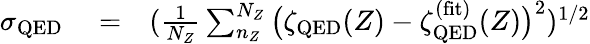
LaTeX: \begin{array}{rlr}{\sigma_{\mathrm{QED}}}&{{}=}&{(\frac{1}{N_{Z}}\sum_{n_{Z}}^{N_{Z}}\big(\zeta_{\mathrm{QED}}(Z)-\zeta_{\mathrm{QED}}^{\mathrm{(fit)}}(Z)\big)^{2})^{1/2}}\end{array}